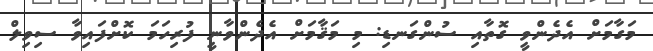
މަގާމަށް އެދެންވީ ގޮތާއި ސުންގަނޑި: މި މަޤާމަށް އެދެންވާނީ ފުރިހަމަ ކޮށްފައިވާ ސިވިލް